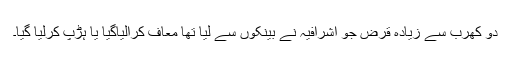
دو کھرب سے زیادہ قرض جو اشرافیہ نے بینکوں سے لیا تھا معاف کرالیاگیا یا ہڑپ کرلیا گیا۔